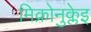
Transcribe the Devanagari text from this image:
मिक्रोनुक्लेइ